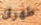
طهران